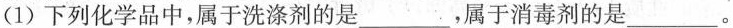
(1)下列化学品中，属于洗涤剂的是___，属于消毒剂的是___。